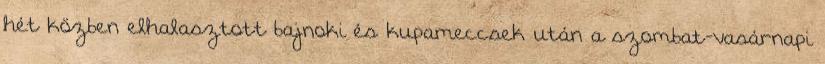
hét közben elhalasztott bajnoki és kupameccsek után a szombat-vasárnapi